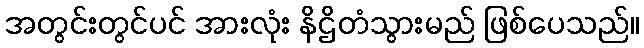
အတွင်းတွင်ပင် အားလုံး နိဌိတံသွားမည် ဖြစ်ပေသည်။